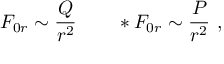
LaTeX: { \cal F } _ { 0 r } \sim { \frac { Q } { r ^ { 2 } } } \qquad * { \cal F } _ { 0 r } \sim { \frac { P } { r ^ { 2 } } } \ ,